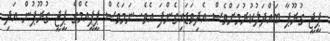
ޕީޖީ ގުރޫޕާ ބައްދަލުކުރުމަށްވެސް އެދިވަޑައިގެންފަ އެވެ. ނަމަވެސް ޕީޕީއެމްގެ ޕީޖީ ގުރޫޕުން އަދި